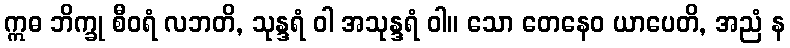
ဣဓ ဘိက္ခု စီဝရံ လဘတိ, သုန္ဒရံ ဝါ အသုန္ဒရံ ဝါ။ သော တေနေဝ ယာပေတိ, အညံ န